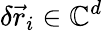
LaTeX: \delta\vec{r}_{i}\in\mathbb{C}^{d}